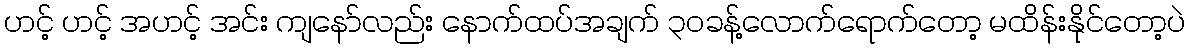
ဟင့် ဟင့် အဟင့် အင်း ကျနော်လည်း နောက်ထပ်အချက် ၃၀ခန့်လောက်ရောက်တော့ မထိန်းနိုင်တော့ပဲ